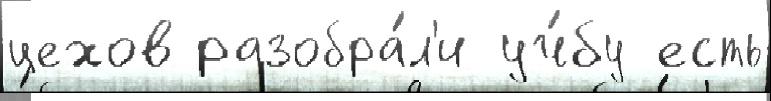
цехов разобра́л'и уч́бу есть